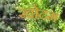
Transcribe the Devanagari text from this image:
खोदम